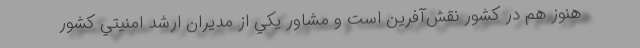
هنوز هم در كشور نقش‌آفرين است و مشاور يكي از مديران ارشد امنيتي كشور